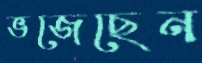
ভজেছেন